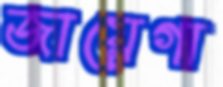
জায়েগা